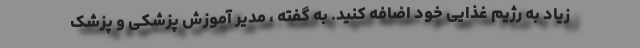
زیاد به رژیم غذایی خود اضافه کنید. به گفته ، مدیر آموزش پزشکی و پزشک